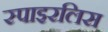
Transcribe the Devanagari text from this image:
स्पाइरलिस